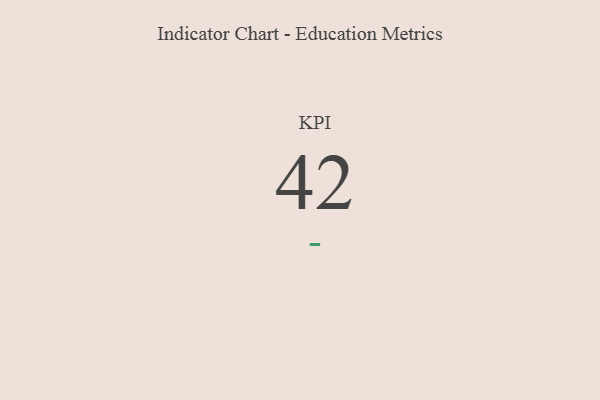
{"axis": {"x": "KPI", "y": "Value"}, "legend": [""], "data": [{"x": "KPI", "y": 42, "type": ""}]}